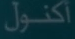
أكنول